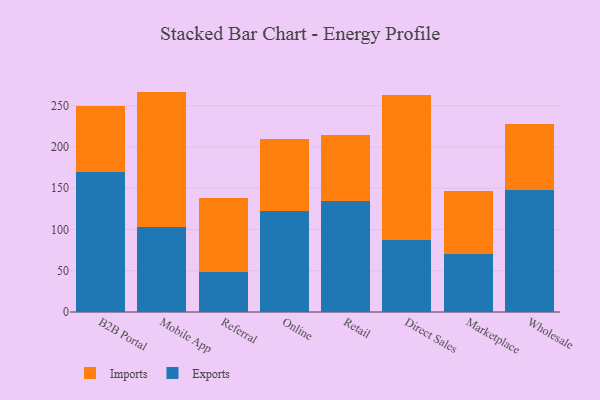
{"axis": {"x": "Channel", "y": "Temperature (°C)"}, "legend": ["Exports", "Imports"], "data": [{"x": "B2B Portal", "y": 169.2, "type": "Exports"}, {"x": "B2B Portal", "y": 80.0, "type": "Imports"}, {"x": "Mobile App", "y": 102.7, "type": "Exports"}, {"x": "Mobile App", "y": 164.5, "type": "Imports"}, {"x": "Referral", "y": 48.9, "type": "Exports"}, {"x": "Referral", "y": 89.7, "type": "Imports"}, {"x": "Online", "y": 122.7, "type": "Exports"}, {"x": "Online", "y": 86.9, "type": "Imports"}, {"x": "Retail", "y": 134.9, "type": "Exports"}, {"x": "Retail", "y": 79.8, "type": "Imports"}, {"x": "Direct Sales", "y": 87.4, "type": "Exports"}, {"x": "Direct Sales", "y": 175.4, "type": "Imports"}, {"x": "Marketplace", "y": 69.8, "type": "Exports"}, {"x": "Marketplace", "y": 76.5, "type": "Imports"}, {"x": "Wholesale", "y": 147.4, "type": "Exports"}, {"x": "Wholesale", "y": 80.0, "type": "Imports"}]}